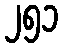
၂၅၁